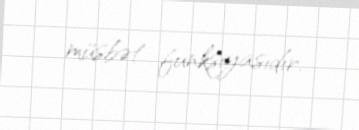
müsbət funksiyasıdır.